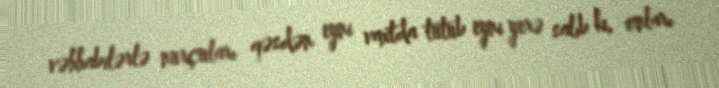
vəhhabilərlə nurçuları qəsdən eyni vaxtda tutub eyni yerə salıb ki, onları